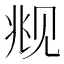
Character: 𬢋